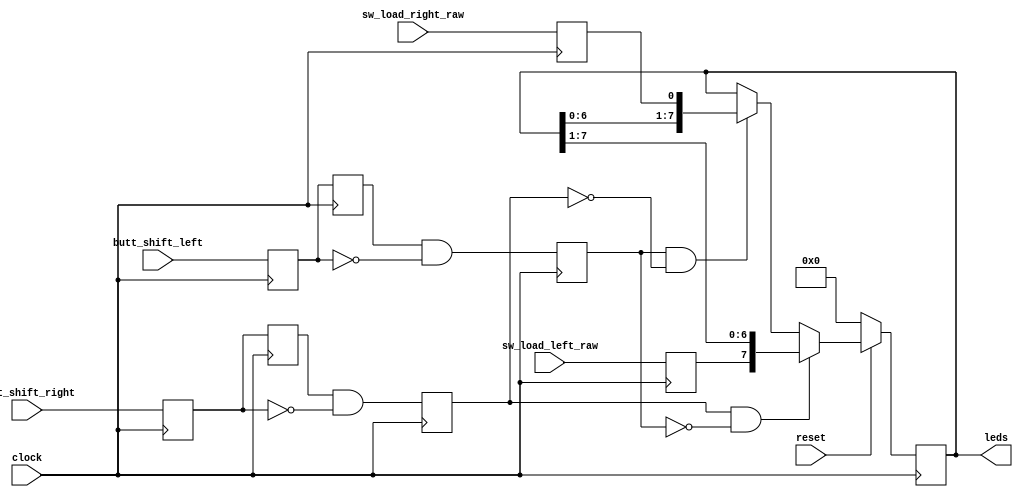
module shift_counter (
	input wire butt_shift_left,
	input wire butt_shift_right,
	input wire sw_load_left_raw,
	input wire sw_load_right_raw,
	input wire reset,
	input wire clock,
	output wire [7:0] leds
);

	reg sw_load_left;
	reg sw_load_right;
	reg [7:0] shift_led_bus;

	assign leds = shift_led_bus;

	reg butt_r_shift_left;
	reg butt_rr_shift_left;
	reg push_left;

	reg butt_r_shift_right;
	reg butt_rr_shift_right;
	reg push_right;
	 
	always @(posedge clock)
		sw_load_left <= sw_load_left_raw;

	always @(posedge clock)
		sw_load_right <= sw_load_right_raw;

	always @(posedge clock) begin
		if (!reset)
			shift_led_bus <= 8'b0;
		else begin
			if (push_left & ~push_right) begin
				shift_led_bus <= { leds[6:0], sw_load_right };
			end

			if (push_right & ~push_left) begin 
				shift_led_bus <= { sw_load_left, leds[7:1] };
			end			
		end
	end
		 
	always@(posedge clock) begin
		butt_r_shift_left <= butt_shift_left;
		butt_rr_shift_left <= butt_r_shift_left;
		push_left <= butt_rr_shift_left & ~butt_r_shift_left;
	end

	always@(posedge clock) begin
		butt_r_shift_right <= butt_shift_right;
		butt_rr_shift_right <= butt_r_shift_right;
		push_right <= butt_rr_shift_right & ~butt_r_shift_right;
	end
	 
endmodule